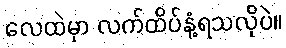
လေထဲမှာ လက်ထိပ်နံ့ရသလိုပဲ။